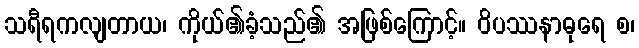
သရီရကလျတာယ၊ ကိုယ်၏ခံ့သည်၏ အဖြစ်ကြောင့်။ ဝိပဿနာဓုရေ စ၊